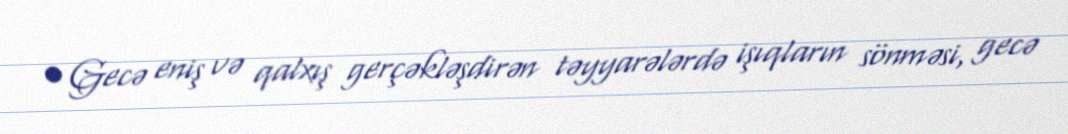
• Gecə eniş və qalxış gerçəkləşdirən təyyarələrdə işıqların sönməsi, gecə